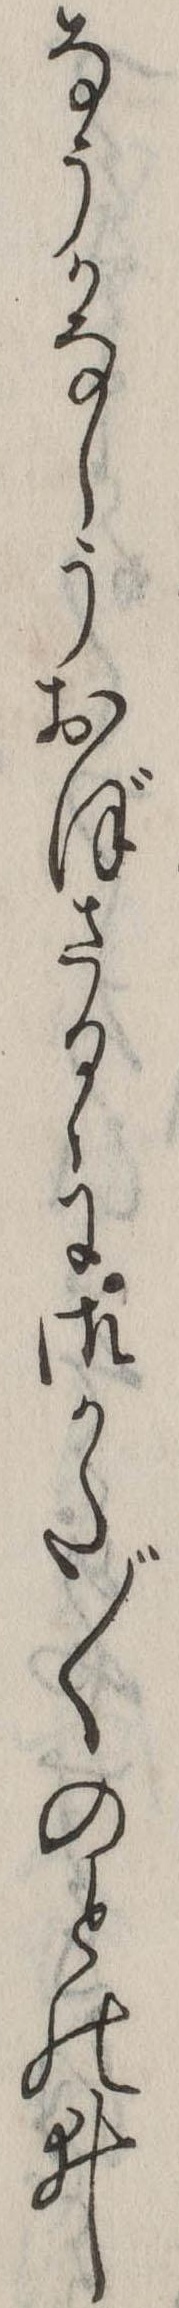
なうかなしうおぼさるゝに御かた〲のとのゐ